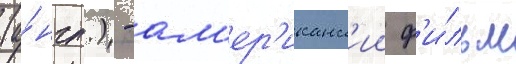
(а́нгл.) - ам'ер'иканск'ии ф'и́льм